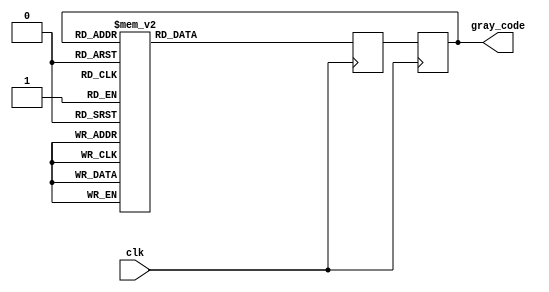
module GrayCodeCounter (
    input wire clk,
    output reg [3:0] gray_code
);

reg [3:0] current_state;
reg [3:0] next_state;

always @(posedge clk) begin
    current_state <= next_state;
    
    case(current_state)
        4'b0000: next_state = 4'b0001;
        4'b0001: next_state = 4'b0011;
        4'b0011: next_state = 4'b0010;
        4'b0010: next_state = 4'b0110;
        4'b0110: next_state = 4'b0111;
        4'b0111: next_state = 4'b0101;
        4'b0101: next_state = 4'b0100;
        4'b0100: next_state = 4'b1100;
        4'b1100: next_state = 4'b1101;
        4'b1101: next_state = 4'b1001;
        4'b1001: next_state = 4'b1000;
        4'b1000: next_state = 4'b1010;
        4'b1010: next_state = 4'b1011;
        4'b1011: next_state = 4'b1111;
        4'b1111: next_state = 4'b1110;
        4'b1110: next_state = 4'b1010;
    endcase
end

assign gray_code = current_state;

endmodule